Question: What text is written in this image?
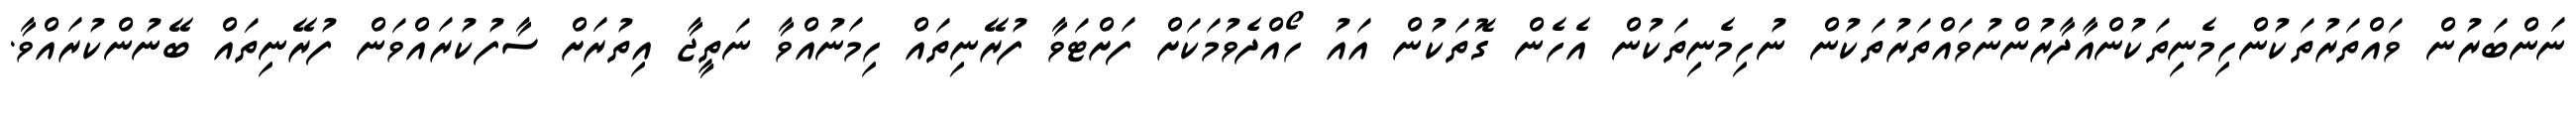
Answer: ނަންބަރުން ވައްތަރުތަކުންހިމެނިތަކުންއާދާރުންނުވައްތަރުތަކުން ނުހިމެނިތަކުން އެހެން ގޮތަކުން އައު ހޯއްދެވުމަކަށް ފަށްޓަވާ ފުރޭނިތައް ހިމަނުއްވާ ނަތީޖާ އިތުރަށް ސާފުކުރައްވަން ފުރޭނިތައް ބޭނުންކުރައްވާ.